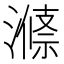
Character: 𱨶